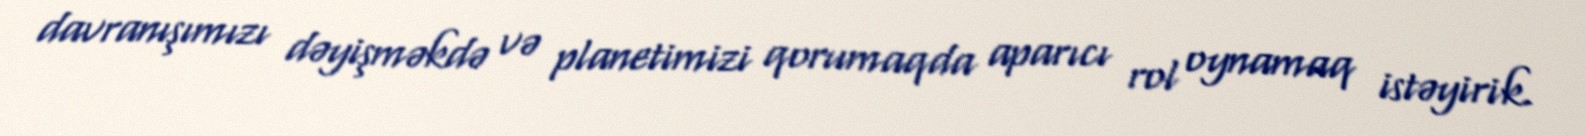
davranışımızı dəyişməkdə və planetimizi qorumaqda aparıcı rol oynamaq istəyirik.